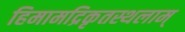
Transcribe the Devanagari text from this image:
हिमामद्रिकृतस्थलाम्